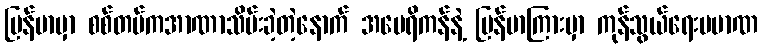
မြန်မာမှာ စစ်တပ်ကအာဏာသိမ်းခဲ့တဲ့နောက် အမေရိကန်နဲ့ မြန်မာကြားမှာ ကုန်သွယ်ရေးပမာဏ